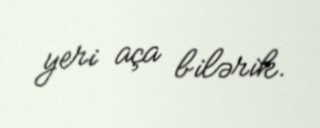
yeri aça bilərik.